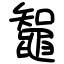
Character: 鼅